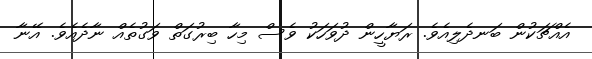
އެއްޗަކުން ބަނދެލިއެވެ. ރަޔާހީން ދުވަހަކު ވެސް މިހާ ބިރުގަތް ވަގުތެއް ނާދެއެވެ. އޭނާ